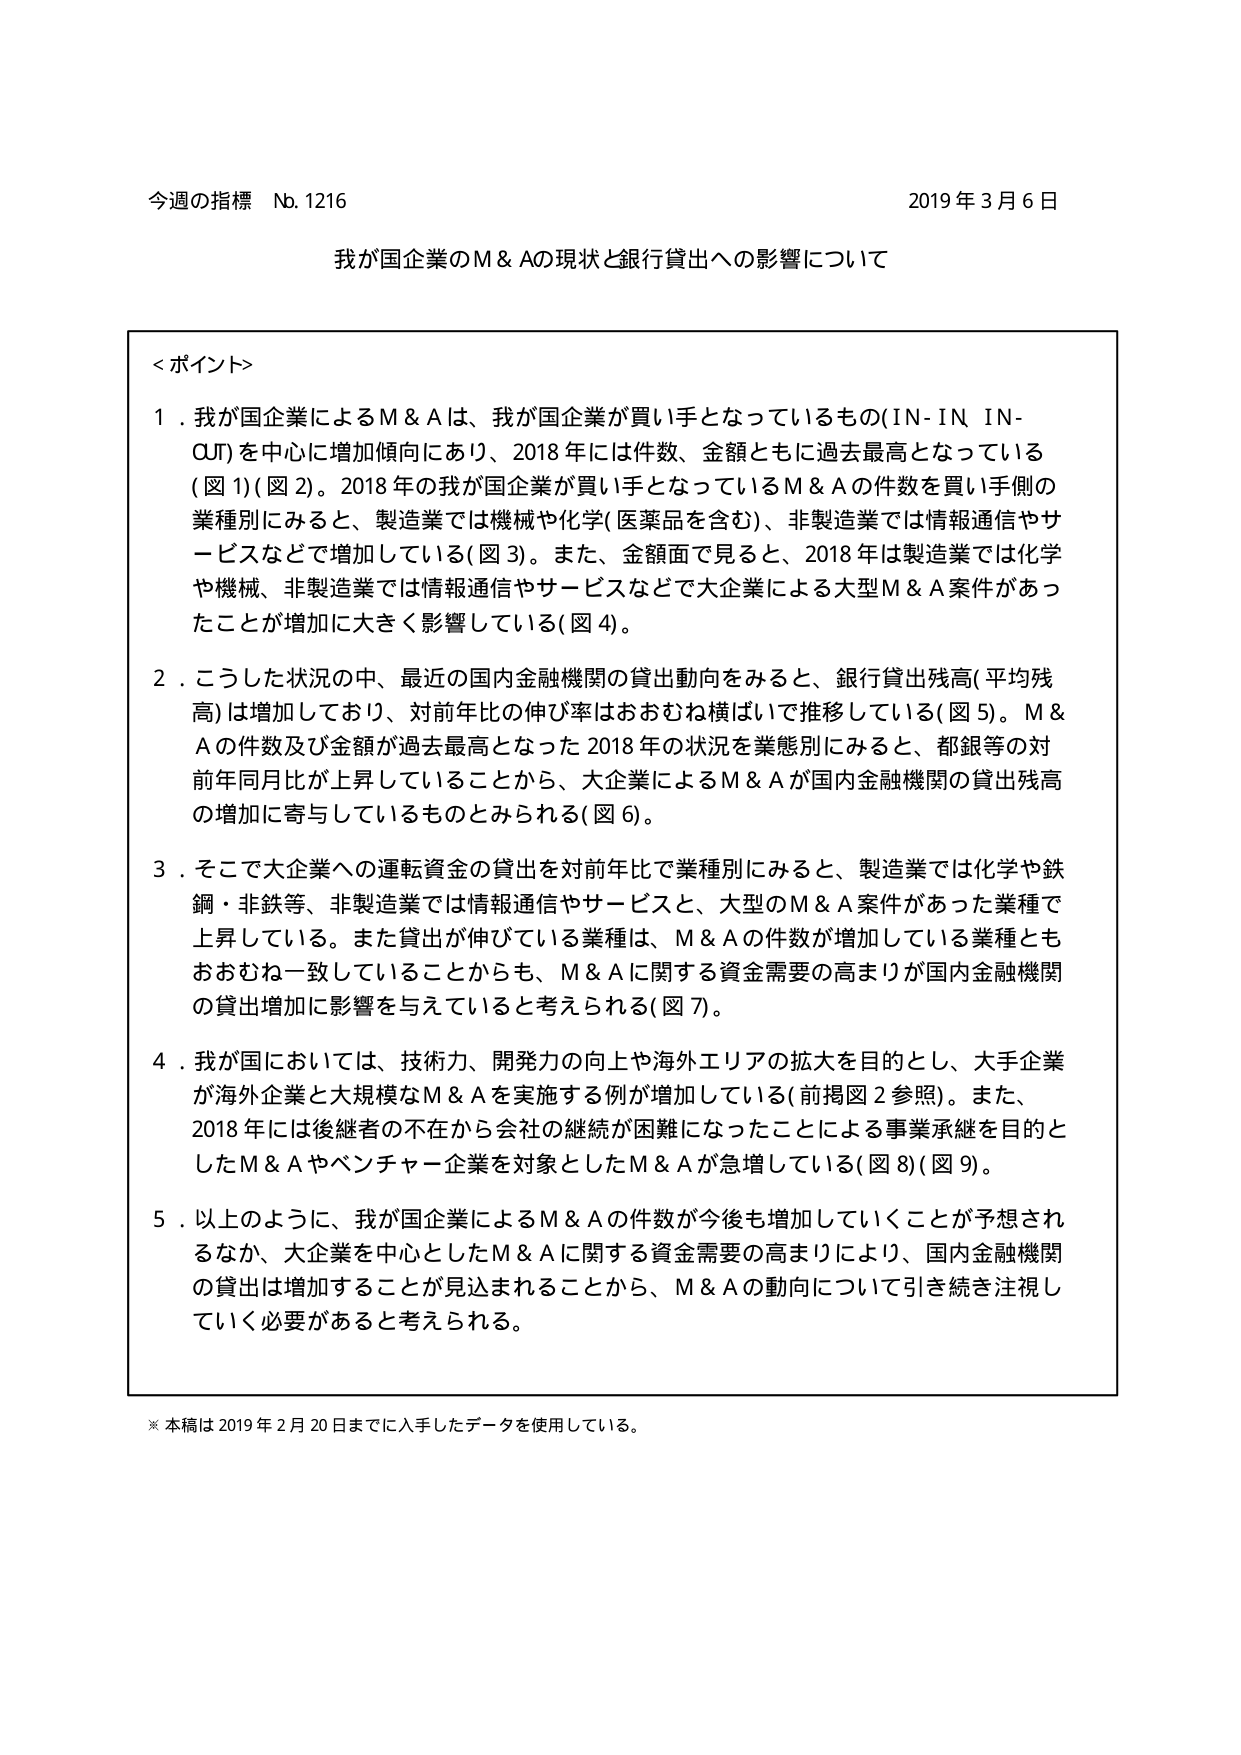
今週の指標 No. 1216 2019年3月6日
我が国企業のM＆Aの現状と銀行貸出への影響について

＜ポイント＞

1．我が国企業によるM＆Aは、我が国企業が買い手となっているもの(IN-IN IN-OUT)を中心に増加傾向にあり、2018年には件数、金額ともに過去最高となっている（図1）（図2）。2018年の我が国企業が買い手となっているM＆Aの件数を買い手側の業種別にみると、製造業では機械や化学（医薬品を含む）、非製造業では情報通信やサービスなどで増加している（図3）。また、金額面で見ると、2018年は製造業では化学や機械、非製造業では情報通信やサービスなどで大企業による大型M＆A案件があったことが増加に大きく影響している（図4）。

2．こうした状況の中、最近の国内金融機関の貸出動向をみると、銀行貸出残高（平均残高）は増加しており、対前年比の伸び率はおおむね横ばいで推移している（図5）。M＆Aの件数及び金額が過去最高となった2018年の状況を業態別にみると、都銀等の対前年同月比が上昇していることから、大企業によるM＆Aが国内金融機関の貸出残高の増加に寄与しているものとみられる（図6）。

3．そこで大企業への運転資金の貸出を対前年比で業種別にみると、製造業では化学や鉄鋼・非鉄等、非製造業では情報通信やサービスと、大型のM＆A案件があった業種で上昇している。また貸出が伸びている業種は、M＆Aの件数が増加している業種ともおおむね一致していることからも、M＆Aに関する資金需要の高まりが国内金融機関の貸出増加に影響を与えていると考えられる（図7）。

4．我が国においては、技術力、開発力の向上や海外エリアの拡大を目的とし、大手企業が海外企業と大規模なM＆Aを実施する例が増加している（前掲図2参照）。また、2018年には後継者の不在から会社の継続が困難になったことによる事業承継を目的としたM＆Aやベンチャー企業を対象としたM＆Aが急増している（図8）（図9）。

5．以上のように、我が国企業によるM＆Aの件数が今後も増加していくことが予想されるなか、大企業を中心としたM＆Aに関する資金需要の高まりにより、国内金融機関の貸出は増加することが見込まれることから、M＆Aの動向について引き続き注視していく必要があると考えられる。

※本稿は2019年2月20日までに入手したデータを使用している。